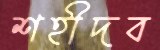
শহীদব